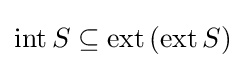
\operatorname {int} S\subseteq \operatorname {ext} \left(\operatorname {ext} S\right)